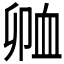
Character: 𲀗